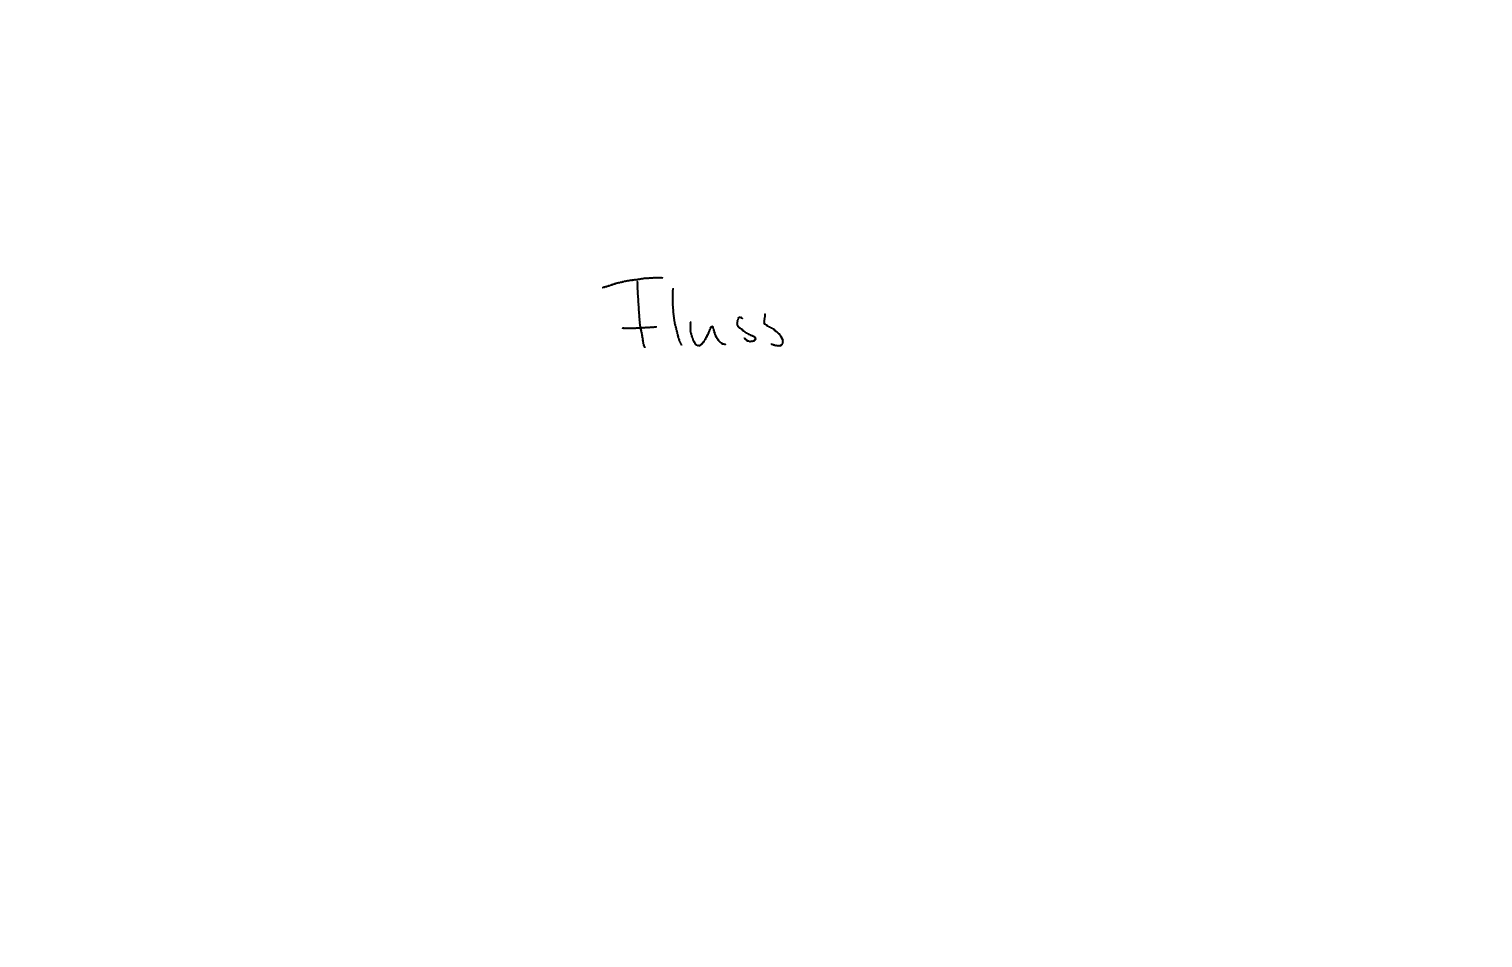
Text: Fluss